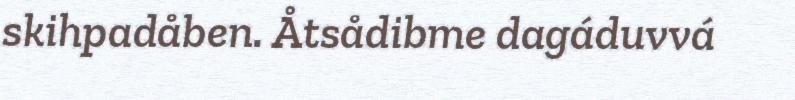
skihpadåben. Åtsådibme dagáduvvá